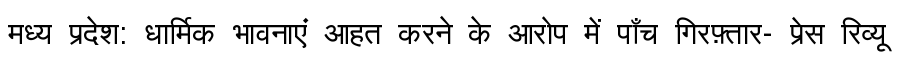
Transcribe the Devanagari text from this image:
मध्य प्रदेश: धार्मिक भावनाएं आहत करने के आरोप में पाँच गिरफ़्तार- प्रेस रिव्यू